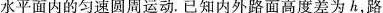
水平面内的匀速圆周运动。已知内外路面高度差为h，路